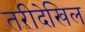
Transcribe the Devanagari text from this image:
तरीदेखिल